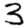
Digit: 3